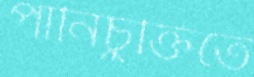
পানিচুক্তিতে